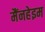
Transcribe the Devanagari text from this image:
मैंनहेइम